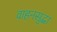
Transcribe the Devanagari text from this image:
वाहनसुद्धा